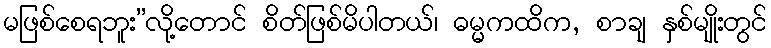
မဖြစ်စေရဘူး”လို့တောင် စိတ်ဖြစ်မိပါတယ်၊ ဓမ္မကထိက, စာချ နှစ်မျိုးတွင်